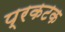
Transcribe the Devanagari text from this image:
प्रकटक